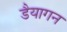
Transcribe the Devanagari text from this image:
डैयागन